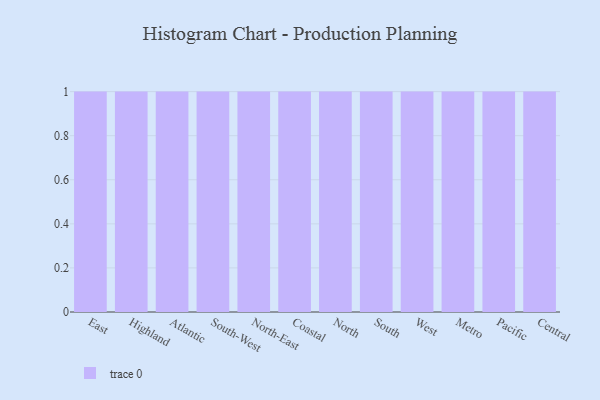
{"axis": {"x": "Region", "y": "Active Users"}, "legend": [""], "data": [{"x": "East", "y": 83, "type": ""}, {"x": "Highland", "y": 87, "type": ""}, {"x": "Atlantic", "y": 75, "type": ""}, {"x": "South-West", "y": 84, "type": ""}, {"x": "North-East", "y": 59, "type": ""}, {"x": "Coastal", "y": 82, "type": ""}, {"x": "North", "y": 58, "type": ""}, {"x": "South", "y": 5, "type": ""}, {"x": "West", "y": 7, "type": ""}, {"x": "Metro", "y": 19, "type": ""}, {"x": "Pacific", "y": 96, "type": ""}, {"x": "Central", "y": 57, "type": ""}]}